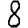
Digit: 8